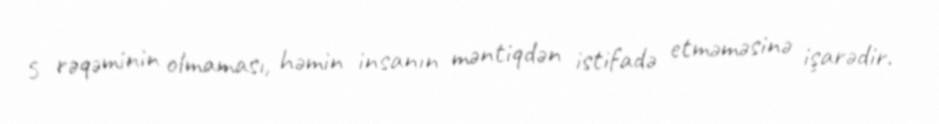
5 rəqəminin olmaması, həmin insanın məntiqdən istifadə etməməsinə işarədir.